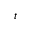
t